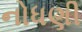
નોધણી